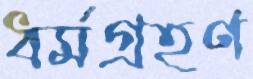
ধর্মগ্রহণ